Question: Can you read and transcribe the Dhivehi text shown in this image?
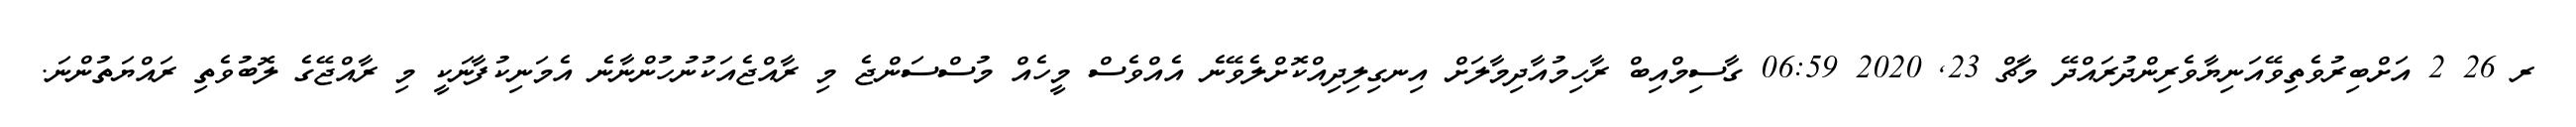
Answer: ރ 26 2 އަށްބިރުވެތިވޭއަނިޔާވެރިންދުރައްދޭ މާޗް 23, 2020 06:59 ގާސިމްއިބް ރާހިމުއާދިމާލަށް އިނގިލިދިއްކޮށްލެވޭނެ އެއްވެސް މީހެއް މުސްސަންޖެ މި ރާއްޖެއަކުނުހުންނާނެ އެމަނިކުފާނަކީ މި ރާއްޖޭގެ ލޮބުވެތި ރައްޔަތުންނަ.